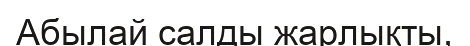
Абылай салды жарлықты,